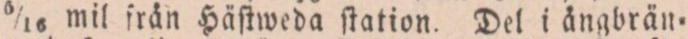
5/16 mil från Häſtweda ſtation. Del i ångbrän=